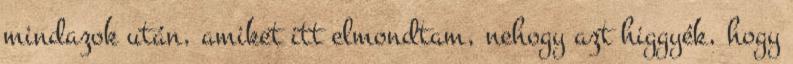
mindazok után, amiket itt elmondtam, nehogy azt higgyék, hogy